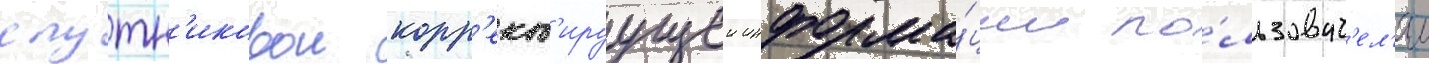
спутн'иковои корр'ект'ируущеи информа́ции по́льзоват'ел'ям